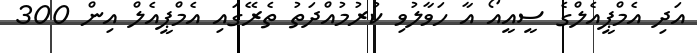
އަދި އެމްޕީއެލްގެ ސީއީއޯ އާ ހަވާލުވި ކުރުމުއްދަތު ތެރޭގައި އެމްޕީއެލް އިން 300